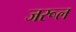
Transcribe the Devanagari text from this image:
जरूल